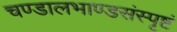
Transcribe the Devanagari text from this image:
चण्डालभाण्डसंस्पृष्टं